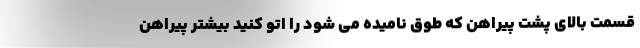
قسمت بالای پشت پیراهن که طوق نامیده می شود را اتو کنید بیشتر پیراهن